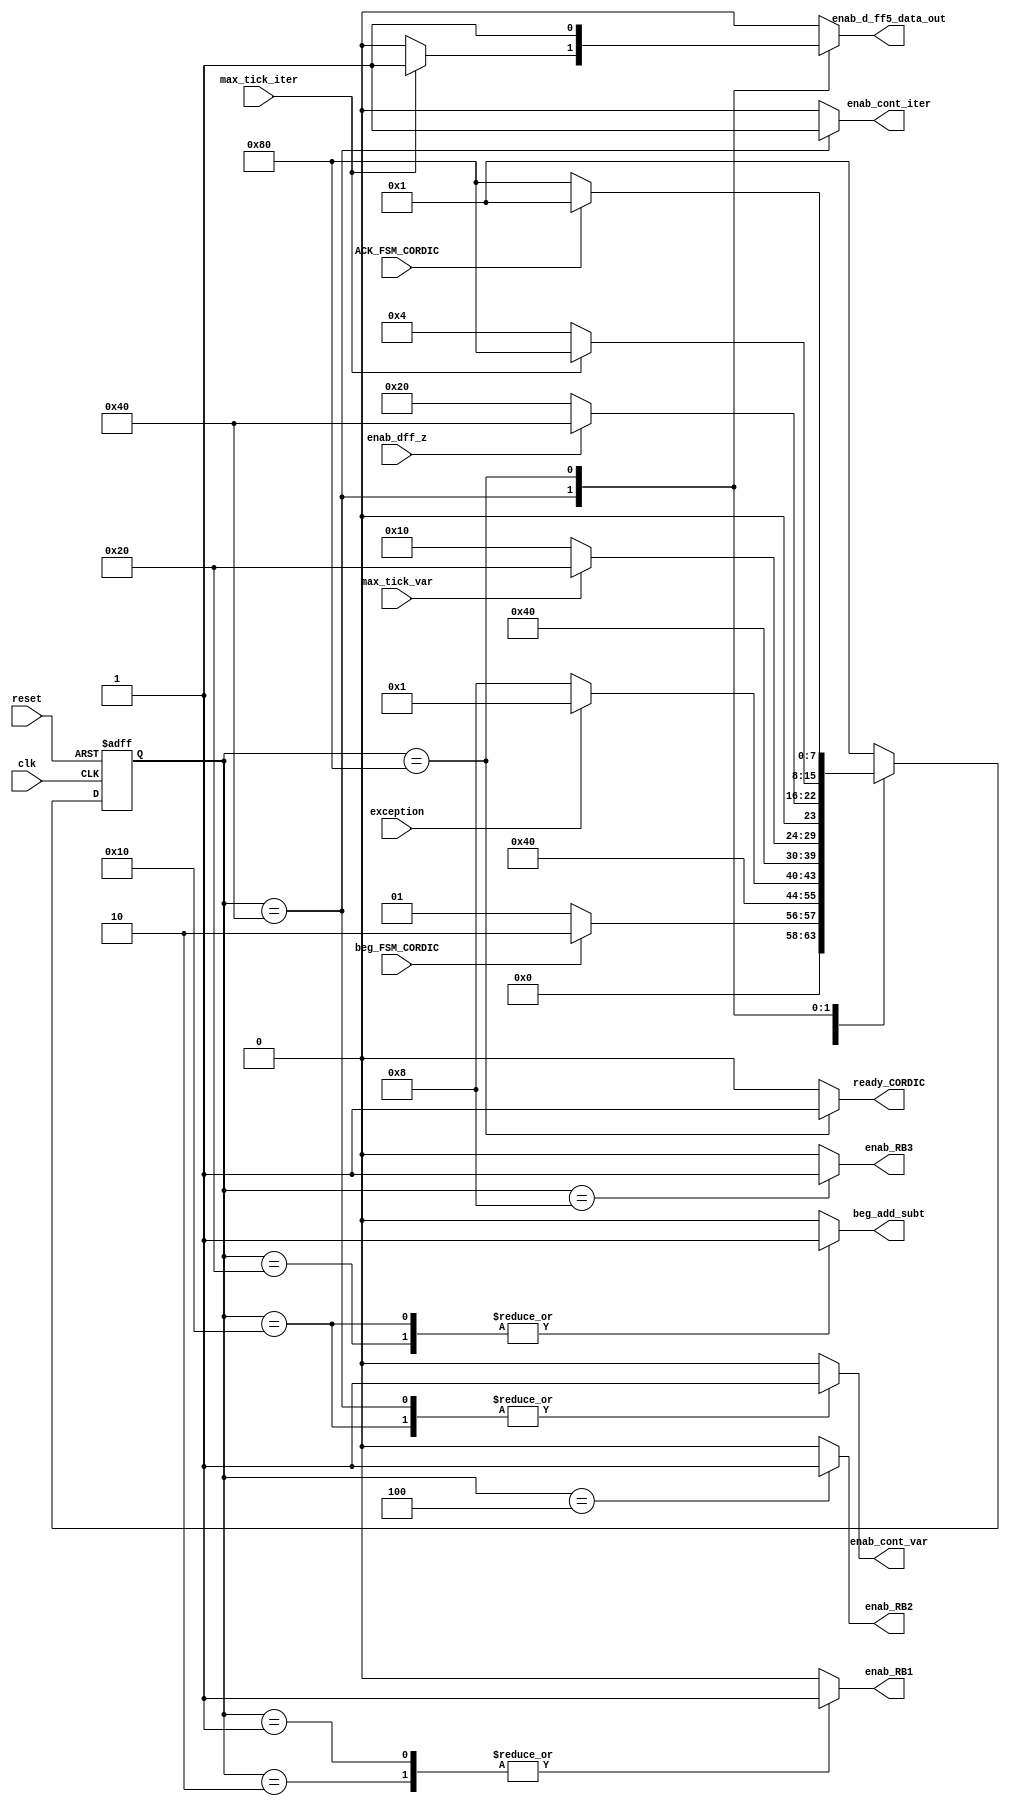
//==================================================================================================
//  Revision      :
//  Company       : Instituto Tecnologico de Costa Rica
//
//  Description   : CORDIC's FSM Unit
//
//
//==================================================================================================
`timescale 1ns / 1ps

module CORDIC_FSM_v3
(
  //Input Signals
  input wire clk,											//	Reloj del sitema.
  input wire reset,										//	Reset del sitema.
  input wire beg_FSM_CORDIC,								//	Seal de inicio de la maquina de estados.
  input wire ACK_FSM_CORDIC,								//	Seal proveniente del modulo que recibe el resultado, indicado que el dato ha sido recibido.
  input wire exception,
  input wire max_tick_iter, 			//	Seales que indican la maxima y minima cuenta, respectivamente, en el contador de iteraciones.
  input wire max_tick_var, 				//	Seales que indican la maxima y minima cuenta, respectivamente, en el contador de variables.
  input wire enab_dff_z,

  //Output Signals

  //output reg reset_reg_cordic,
  output reg ready_CORDIC,								//	Seal que indica que el calculo CORDIC se ha terminado.
  output reg beg_add_subt,								//	Seal que indica al modulo de suma/resta que inicie su operacion.
  output reg enab_cont_iter,				//	Seales de habilitacion y carga, respectivamente, en el contador de iteraciones.
  output reg enab_cont_var,				//	Seales de habilitacion y carga, respectivamente, en el contador de variables.
  output reg enab_RB1, enab_RB2, enab_RB3,
  output reg enab_d_ff5_data_out
);

//symbolic state declaration
/*localparam [3:0]    est0 = 8'b0000000,
                    est1 = 8'b0000001,
                    est2 = 8'b0000010,
                    est3 = 8'b0000100,
                    est4 = 8'b0001000,
                    est5 = 8'b0010000,
                    est6 = 8'b0100000,
                    est7 = 8'b1000000;*/
     parameter est0 = 8'b00000001;
     parameter est1 = 8'b00000010;
     parameter est2 = 8'b00000100;
     parameter est3 = 8'b00001000;
     parameter est4 = 8'b00010000;
     parameter est5 = 8'b00100000;
     parameter est6 = 8'b01000000;
     parameter est7 = 8'b10000000;

//signal declaration
reg [7:0] state_reg, state_next;	//	Guardan el estado actual y el estado futuro, respectivamente.

//state register

always @( posedge clk, posedge reset)
    begin
        if(reset)	// Si hay reset, el estado actual es el estado inicial.
            state_reg <= est0;
        else		//Si no hay reset el estado actual es igual al estado siguiente.
            state_reg <= state_next;
    end

//next-state logic and output logic

always @*
    begin
    state_next = state_reg; // default state : the same

    //declaration of default outputs.
   // reset_reg_cordic = 0;
    enab_RB1 = 0;
    enab_RB2 = 0;
    enab_RB3 = 0;
    enab_cont_var  = 0;
    enab_cont_iter = 0;
    enab_d_ff5_data_out = 0;
    ready_CORDIC = 0;
    beg_add_subt = 0;

    case(state_reg)

    est0:
    begin
//      reset_reg_cordic = 1'b1;
      enab_RB1 = 1'b1;
      if(beg_FSM_CORDIC) begin
        state_next = est1;
      end else begin
        state_next = est0;
      end
    end

		est1:
		begin
      enab_RB1 = 1'b1;
			state_next = est2;
		end

    est2:
    begin
      enab_RB2 = 1'b1;
			if(exception) begin
				state_next = est0;
			end else begin
				state_next = est3;
      end
    end

    est3:
    begin
      enab_RB3 = 1'b1;
			state_next = est4;
    end

    est4:
    begin
      enab_cont_var = 1'b1; //cont_var++
      beg_add_subt = 1'b1;
      if (max_tick_var) begin
        state_next = est5;
      end else begin
        state_next = est4;
      end
    end

    est5:
    begin
      beg_add_subt = 1'b1;
      if (enab_dff_z) begin
        state_next = est6;
      end else begin
        state_next = est5;
      end
    end

    est6:
    begin
      enab_cont_iter = 1'b1; //cont_iter++
      enab_cont_var = 1'b1; //rst cont to from 3 to 0

      if (max_tick_iter) begin
        state_next = est7; //Es la ultima iteracion, por lo tanto, seguimos a la siguiente etapa
        enab_d_ff5_data_out = 1;
      end else begin
        state_next = est2; //Seguir las iteraciones
        //
      end
    end

    est7:
    begin
      ready_CORDIC = 1'b1;
      enab_d_ff5_data_out = 1'b1;
      if(ACK_FSM_CORDIC) begin
        state_next = est0;
      end else begin
        state_next = est7;
      end
    end

    default :
      begin
        state_next = est0;
      end

    endcase
  end
endmodule